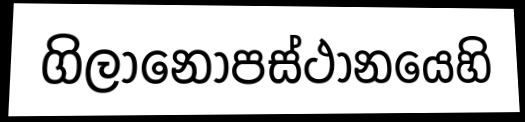
ගිලානෝපස්ථානයෙහි